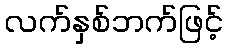
လက်နှစ်ဘက်ဖြင့်